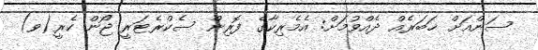
ސަންއަށް ޚަބަރެއް ދެއްވުމަށް: އެމެރިކާގެ ފޮރިން ސެކްރެޓަރީ ޖޯން ކެރީ(ވ)